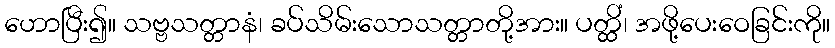
ဟောပြီး၍။ သဗ္ဗသတ္တာနံ၊ ခပ်သိမ်းသောသတ္တာတို့အား။ ပတ္ထိံ၊ အဖို့ပေးဝေခြင်းကို။